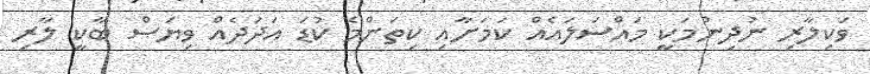
ވަކިލާރި ނުދިނުމަކީ މައްސަލައެއް ކަމަށާއި ކިތަންމެ ކުޑަ އަދަދެއް ވިޔަސް ބާކީ ލާރި